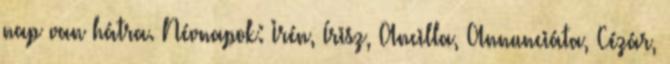
nap van hátra. Névnapok: Irén, Írisz, Ancilla, Annunciáta, Cézár,